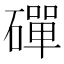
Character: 磾